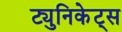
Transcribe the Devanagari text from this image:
ट्युनिकेट्स